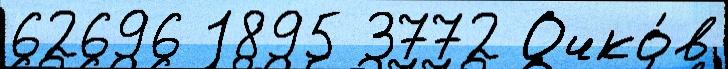
62696 1895 3772 Очко́в